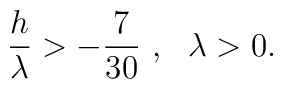
{h \over \lambda} > - {7\over {30}} \ , \ \ \lambda > 0 .